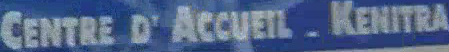
CENTRE D'ACCUEIL - K